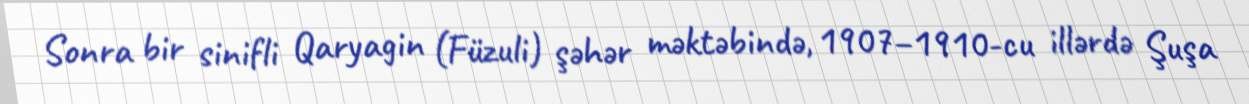
Sonra bir sinifli Qaryagin (Füzuli) şəhər məktəbində, 1907–1910-cu illərdə Şuşa